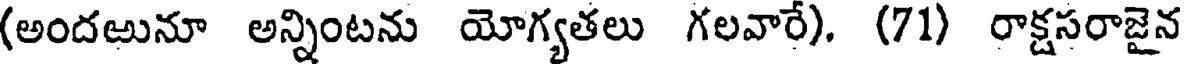
(అందఱునూ అన్నింటను యోగ్యతలు గలవారే). (71) రాక్షసరాజైన